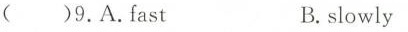
( )9.A.Fast B.slowly